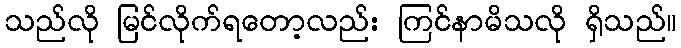
သည်လို မြင်လိုက်ရတော့လည်း ကြင်နာမိသလို ရှိသည်။